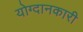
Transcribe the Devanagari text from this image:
योग्दानकारी